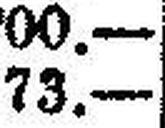
73.—